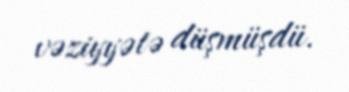
vəziyyətə düşmüşdü.